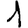
Digit: 1